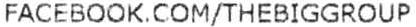
FACEBOOK.COM/THEBIGGROUP